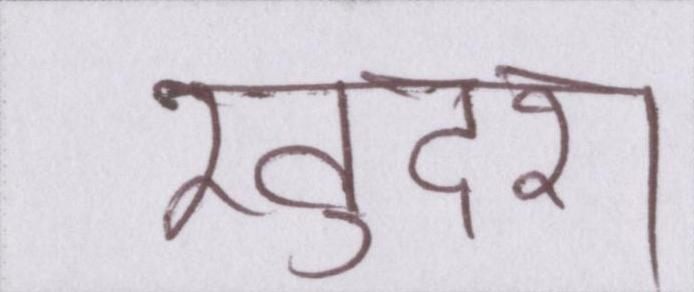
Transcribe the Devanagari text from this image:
खुदरा